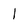
Character: 1